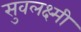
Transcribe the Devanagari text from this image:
सुवलक्ष्मी